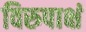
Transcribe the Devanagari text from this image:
विरुपाक्षं